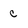
Character: c